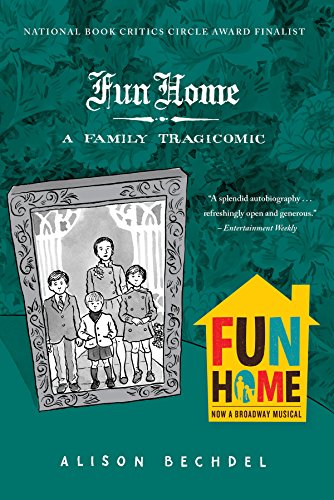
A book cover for Fun Home: A Family Tragicomic; Alison Bechdel; Comics & Graphic Novels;